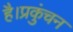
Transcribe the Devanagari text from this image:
है।प्रकुंचन